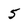
Character: 5